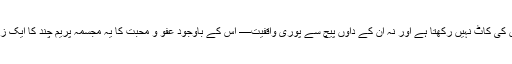
اُس کی ہمت اور جرأت یقینا قابلِ داد ہے مگر وہ استعماری قوتوں اور فرعونی چالوں کی کاٹ نہیں رکھتا ہے اور نہ اُن کے داؤں پیچ سے پوری واقفیت— اس کے باوجود عفو و محبت کا یہ مجسمہ پریم چند کا ایک زندہ کردار اور عدم تشدّد کا ترجمان بن کر اُبھرتا ہے، یہی پریم چند کا فنّی کمال ہے۔